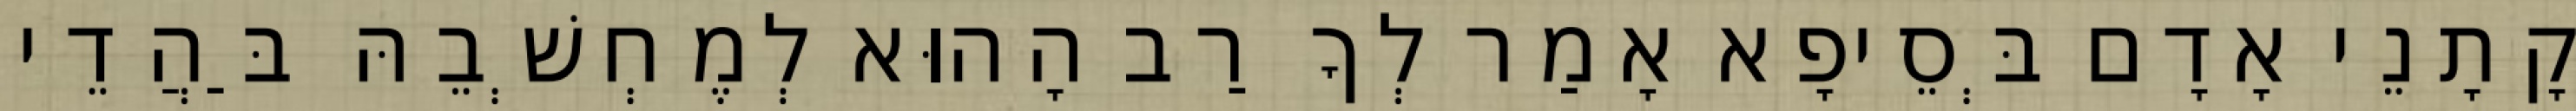
קָתָנֵי אָדָם בְּסֵיפָא אָמַר לְךָ רַב הָהוּא לְמֶחְשְׁבֵהּ בַּהֲדֵי